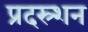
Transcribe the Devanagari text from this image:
प्रदस्र्शन